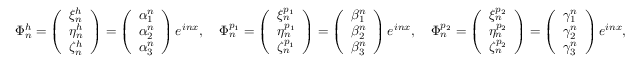
\Phi _ { n } ^ { h } = \left( \begin{array} { l } { \xi _ { n } ^ { h } } \\ { \eta _ { n } ^ { h } } \\ { \zeta _ { n } ^ { h } } \end{array} \right) = \left( \begin{array} { l } { \alpha _ { 1 } ^ { n } } \\ { \alpha _ { 2 } ^ { n } } \\ { \alpha _ { 3 } ^ { n } } \end{array} \right) e ^ { i n x } , \quad \Phi _ { n } ^ { p _ { 1 } } = \left( \begin{array} { l } { \xi _ { n } ^ { p _ { 1 } } } \\ { \eta _ { n } ^ { p _ { 1 } } } \\ { \zeta _ { n } ^ { p _ { 1 } } } \end{array} \right) = \left( \begin{array} { l } { \beta _ { 1 } ^ { n } } \\ { \beta _ { 2 } ^ { n } } \\ { \beta _ { 3 } ^ { n } } \end{array} \right) e ^ { i n x } , \quad \Phi _ { n } ^ { p _ { 2 } } = \left( \begin{array} { l } { \xi _ { n } ^ { p _ { 2 } } } \\ { \eta _ { n } ^ { p _ { 2 } } } \\ { \zeta _ { n } ^ { p _ { 2 } } } \end{array} \right) = \left( \begin{array} { l } { \gamma _ { 1 } ^ { n } } \\ { \gamma _ { 2 } ^ { n } } \\ { \gamma _ { 3 } ^ { n } } \end{array} \right) e ^ { i n x } ,